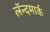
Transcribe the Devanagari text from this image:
लॅन्दमार्क